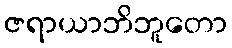
ဇရာယာဘိဘူတော